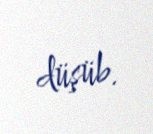
düşüb.